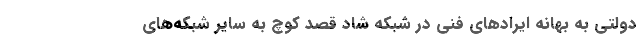
دولتی به بهانه ایرادهای فنی در شبکه شاد قصد کوچ به سایر شبکه‌های